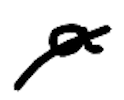
Text: a
Cross-out: mix
Writing tool: digital_black